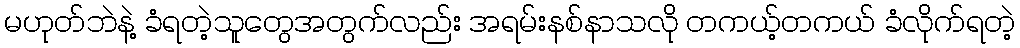
မဟုတ်ဘဲနဲ့ ခံရတဲ့သူတွေအတွက်လည်း အရမ်းနစ်နာသလို တကယ့်တကယ် ခံလိုက်ရတဲ့